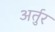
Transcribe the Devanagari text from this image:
अर्तुर